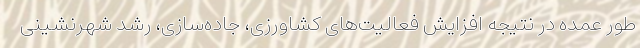
طور عمده در نتیجه افزایش فعالیت‌های کشاورزی، جاده‌سازی، رشد شهرنشینی